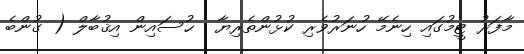
މާފަރު ޓީމުގައި ހިނެމޭ ހުނަރުވެރި ކުޅުންތެރިޔާ  ޙުސައިން އިޤުބާލް ( ގުންބެ